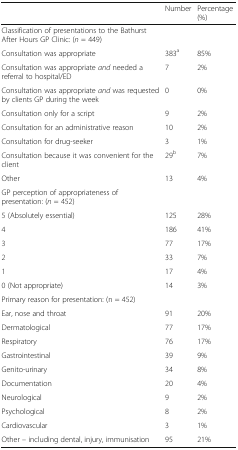
|  | Number | Percentage (%) |
 | --- | --- | --- |
 | Classification of presentations to the Bathurst After Hours GP Clinic: (n = 449) |  |  |
 | Consultation was appropriate | 383a | 85% |
 | Consultation was appropriate and needed a referral to hospital/ED | 7 | 2% |
 | Consultation was appropriate and was requested by clients GP during the week | 0 | 0% |
 | Consultation only for a script | 9 | 2% |
 | Consultation for an administrative reason | 10 | 2% |
 | Consultation for drug-seeker | 3 | 1% |
 | Consultation because it was convenient for the client | 29b | 7% |
 | Other | 13 | 4% |
 | GP perception of appropriateness of presentation: (n = 452) |  |  |
 | 5 (Absolutely essential) | 125 | 28% |
 | 4 | 186 | 41% |
 | 3 | 77 | 17% |
 | 2 | 33 | 7% |
 | 1 | 17 | 4% |
 | 0 (Not appropriate) | 14 | 3% |
 | Primary reason for presentation: (n = 452) |  |  |
 | Ear, nose and throat | 91 | 20% |
 | Dermatological | 77 | 17% |
 | Respiratory | 76 | 17% |
 | Gastrointestinal | 39 | 9% |
 | Genito-urinary | 34 | 8% |
 | Documentation | 20 | 4% |
 | Neurological | 9 | 2% |
 | Psychological | 8 | 2% |
 | Cardiovascular | 3 | 1% |
 | Other – including dental, injury, immunisation | 95 | 21% |